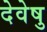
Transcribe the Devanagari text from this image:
देवेषु